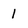
Character: 1